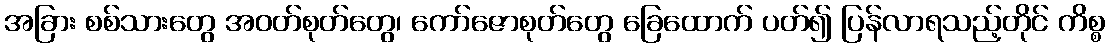
အခြား စစ်သားတွေ အဝတ်စုတ်တွေ၊ ကော်ဇောစုတ်တွေ ခြေထောက် ပတ်၍ ပြန်လာရသည့်တိုင် ကိစ္စ